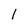
Character: l